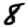
Digit: 8